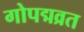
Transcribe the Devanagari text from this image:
गोपद्मव्रत